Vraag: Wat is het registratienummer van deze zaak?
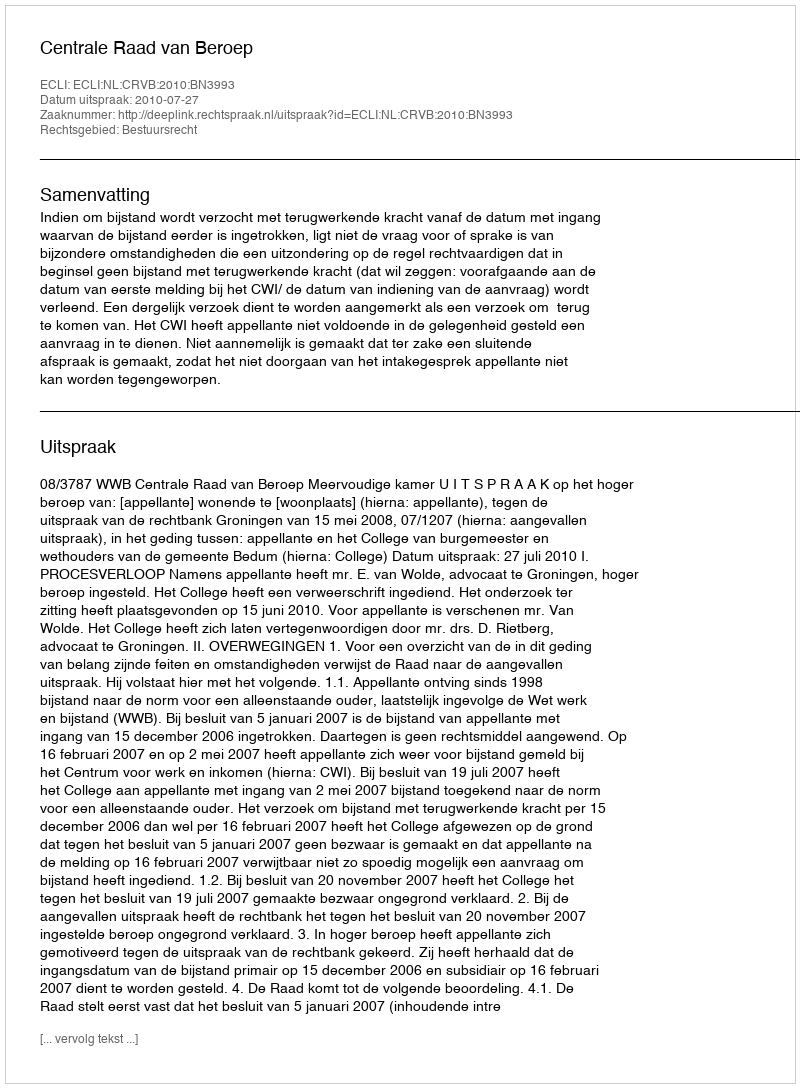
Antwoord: http://deeplink.rechtspraak.nl/uitspraak?id=ECLI:NL:CRVB:2010:BN3993